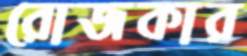
রোজকার